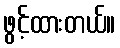
ဖွင့်ထားတယ်။